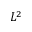
L ^ { 2 }